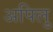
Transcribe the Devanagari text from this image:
अपिलु